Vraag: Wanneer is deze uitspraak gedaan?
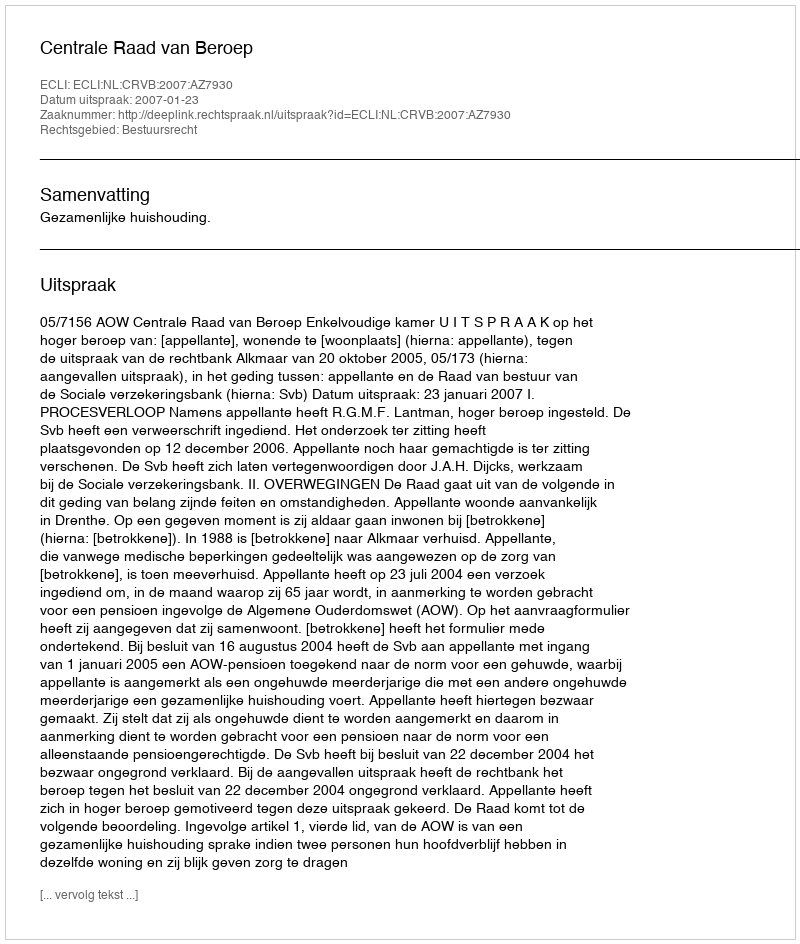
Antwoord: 2007-01-23